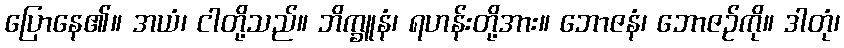
ပြောနေ၏။ အယံ၊ ငါတို့သည်။ ဘိက္ခူနံ၊ ရဟန်းတို့အား။ ဘောဇနံ၊ ဘောဇဉ်ကို။ ဒါတုံ၊